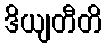
ဒိယျတီတိ